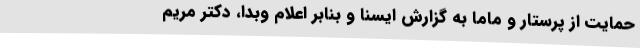
حمایت از پرستار و ماما به گزارش ایسنا و بنابر اعلام وبدا، دکتر مریم